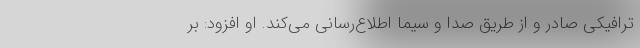
ترافیکی صادر و از طریق صدا و سیما اطلاع‌رسانی می‌کند. او افزود: بر